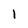
Character: l